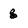
Character: g